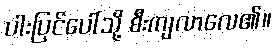
ပါးပြင်ပေါ်သို့ စီးကျလာလေ၏။